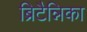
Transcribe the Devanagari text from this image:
ब्रिटैन्निका